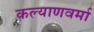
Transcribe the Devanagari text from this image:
कल्याणवर्मा